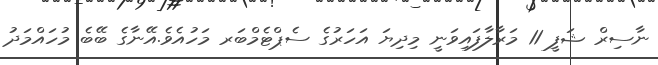
ނާސިރް ޝަފީ 11 މަރާލާފައިވަނީ މިދިޔަ އަހަރުގެ ސެޕްޓެމްބަރ މަހުއެވެ.އޭނާގެ ބޭބެ މުހައްމަދު